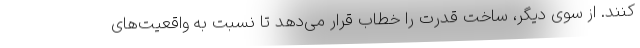
کنند. از سوی دیگر، ساخت قدرت را خطاب قرار می‌دهد تا نسبت به واقعیت‌های